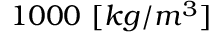
1 0 0 0 \ [ k g / m ^ { 3 } ]